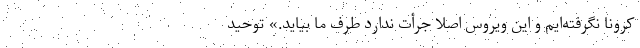
کرونا نگرفته‌ایم و این ویروس اصلاً جرأت ندارد طرف ما بیاید.» توحید